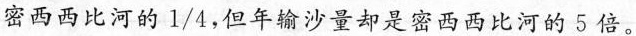
密西西比河的\frac{1}{4}，但年输沙量却是密西西比河的5倍。